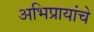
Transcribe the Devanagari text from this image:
अभिप्रायांचे